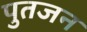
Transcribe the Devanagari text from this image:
पुतजन